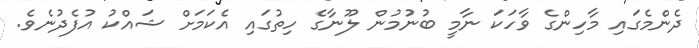
ދެންމެގައި މާހިންގެ ވާހަކަ ނާމީ ބުނުމުން ލޫނާގެ ހިތުގައި އެކަމަށް ޝައްކު އުފެދުނެވެ.